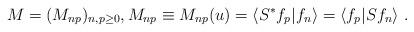
LaTeX: \begin{align*}M = (M_{np})_{n, p \ge 0}, M_{np} \equiv M_{np}(u) = \langle S^*f_p | f_n \rangle = \langle f_p | Sf_n\rangle \ .\end{align*}